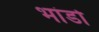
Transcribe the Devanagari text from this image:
भांडो